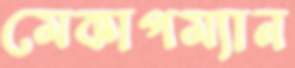
মেকাপম্যান